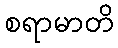
စရာမာတိ